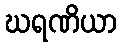
ဃရဏိယာ